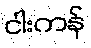
ငါးကန်